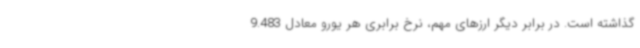
گذاشته است. در برابر دیگر ارزهای مهم، نرخ برابری هر یورو معادل 9.483